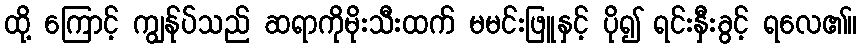
ထို့ ကြောင့် ကျွန်ုပ်သည် ဆရာကိုမိုးသီးထက် မမင်းဖြူနှင့် ပို၍ ရင်းနှီးခွင့် ရလေ၏။